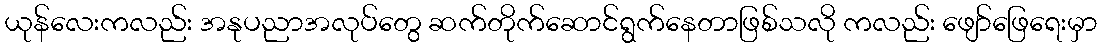
ယုန်လေးကလည်း အနုပညာအလုပ်တွေ ဆက်တိုက်ဆောင်ရွက်နေတာဖြစ်သလို ကလည်း ဖျော်ဖြေရေးမှာ